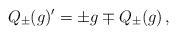
LaTeX: \begin{align*}Q_\pm(g)'=\pm g \mp Q_{\pm}(g)\,,\end{align*}